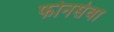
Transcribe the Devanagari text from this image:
फोनसेवा